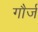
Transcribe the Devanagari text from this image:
गौर्ज